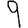
Digit: 9